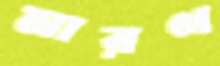
মারণ